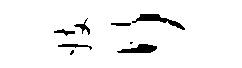
妓行